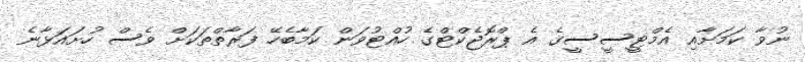
ނުވާ ކަމަށާއި އެމްޓީސީސީގެ އެ ޕްރޮޖެކްޓްގެ ހުއްޓުވަން ކަމާބެހޭ ފަރާތްތަކަށް ވެސް ހުށައަޅާނެ